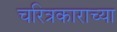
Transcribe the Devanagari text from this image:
चरित्रकाराच्या